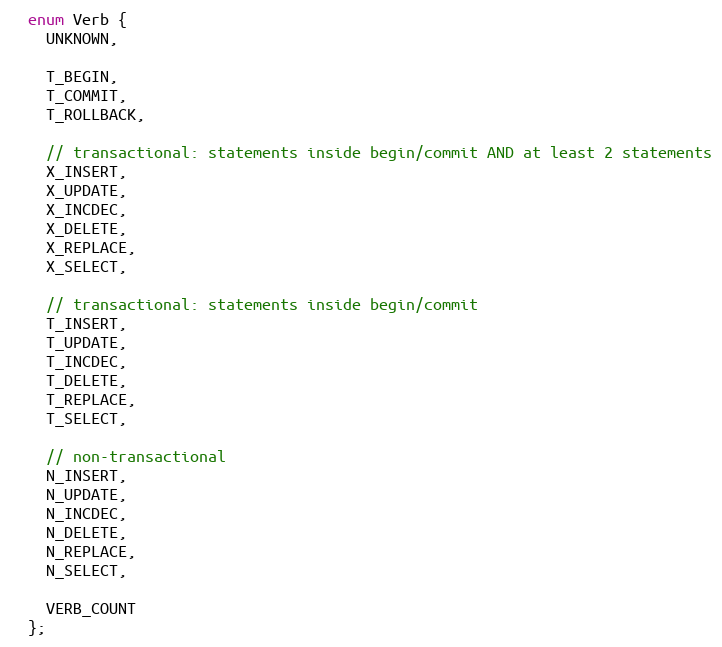
Language: C
  enum Verb {
    UNKNOWN,

    T_BEGIN,
    T_COMMIT,
    T_ROLLBACK,

    // transactional: statements inside begin/commit AND at least 2 statements
    X_INSERT,
    X_UPDATE,
    X_INCDEC,
    X_DELETE,
    X_REPLACE,
    X_SELECT,

    // transactional: statements inside begin/commit
    T_INSERT,
    T_UPDATE,
    T_INCDEC,
    T_DELETE,
    T_REPLACE,
    T_SELECT,

    // non-transactional
    N_INSERT,
    N_UPDATE,
    N_INCDEC,
    N_DELETE,
    N_REPLACE,
    N_SELECT,

    VERB_COUNT
  };